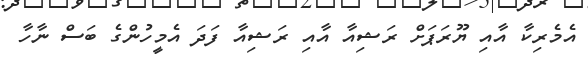
އެމެރިކާ އާއި ޔޫރަޕަށް ރަޝިއާ އާއި ރަޝިއާ ފަދަ އެމީހުންގެ ބަސް ނާހާ